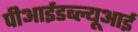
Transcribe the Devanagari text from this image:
पीआईडब्ल्यूआई